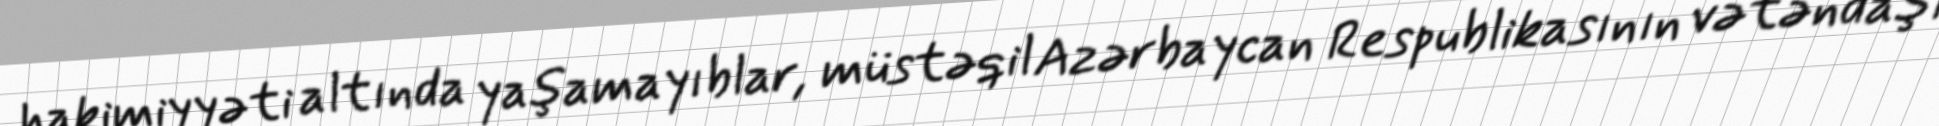
hakimiyyəti altında yaşamayıblar, müstəqil Azərbaycan Respublikasının vətəndaşı